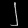
Digit: ၂